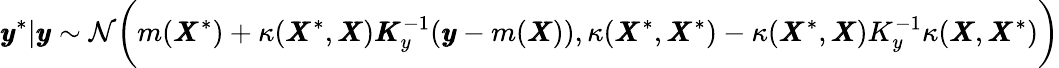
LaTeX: \pmb{y}^{\ast}|\pmb{y}\sim\mathcal{N}\bigg(m(\pmb{X}^{\ast})+\kappa(\pmb{X}^{\ast},\pmb{X})\pmb{K}_{y}^{-1}(\pmb{y}-m(\pmb{X})),\kappa(\pmb{X}^{\ast},\pmb{X}^{\ast})-\kappa(\pmb{X}^{\ast},\pmb{X})K_{y}^{-1}\kappa(\pmb{X},\pmb{X}^{\ast})\bigg)